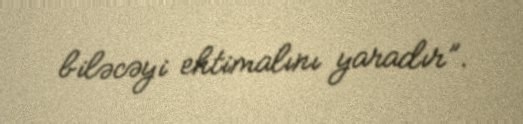
biləcəyi ehtimalını yaradır”.